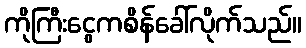
ကိုကြီးငွေကစိန်ခေါ်လိုက်သည်။